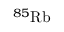
{ } ^ { 8 5 } \mathrm { R b }